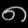
Digit: ၈